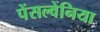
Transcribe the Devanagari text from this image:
पेंसल्वेनिया